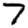
Digit: 7